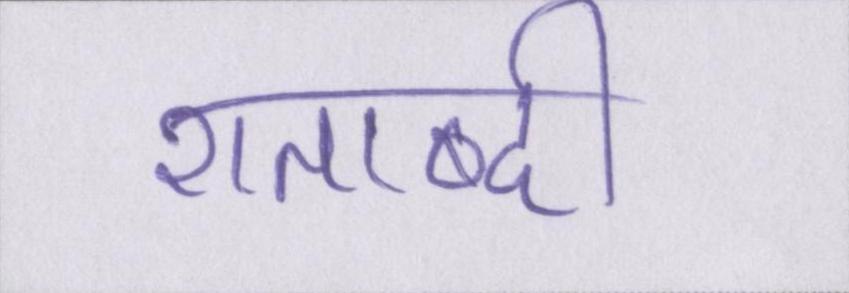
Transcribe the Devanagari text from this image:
शताब्दी